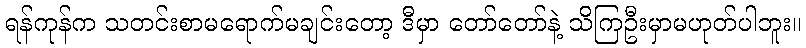
ရန်ကုန်က သတင်းစာမရောက်မချင်းတော့ ဒီမှာ တော်တော်နဲ့ သိကြဦးမှာမဟုတ်ပါဘူး။